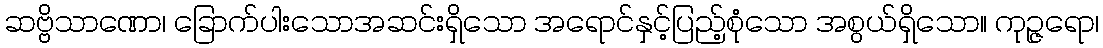
ဆဗ္ဗိသာဏော၊ ခြောက်ပါးသောအဆင်းရှိသော အရောင်နှင့်ပြည့်စုံသော အစွယ်ရှိသော။ ကုဉ္ဇရော၊